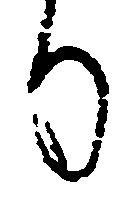
る